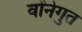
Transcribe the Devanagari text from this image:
वोंनेगुत